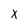
Character: x